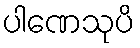
ပါဏေသုပိ